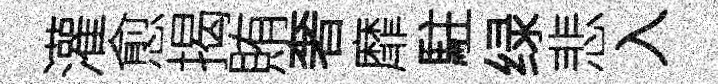
灌愈揭賄奢靡駐绿悲入